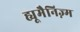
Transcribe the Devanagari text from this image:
ह्यूमैनिज़्म